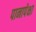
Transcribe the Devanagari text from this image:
पानापेक्षा